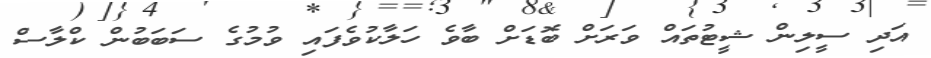
އަދި ސީލިން ޝީޓުތައް ވަރަށް ބޮޑަށް ބާވެ ހަލާކުވެފައި ވުމުގެ ސަބަބުން ކްލާސް